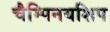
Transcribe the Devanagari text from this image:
चैम्पिनयशिप